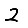
Digit: 2